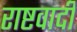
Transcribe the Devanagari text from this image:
राष्टवादी